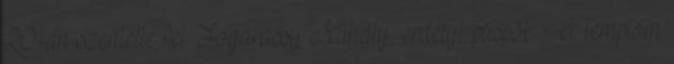
20-án szentelte fel Fogarassy Mihály, erdélyi püspök. A templom